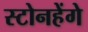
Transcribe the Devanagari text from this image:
स्टोनहेंगे